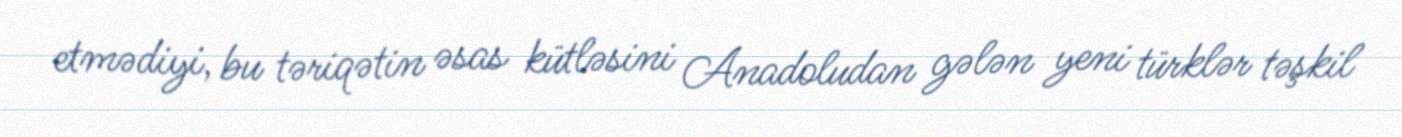
etmədiyi, bu təriqətin əsas kütləsini Anadoludan gələn yeni türklər təşkil